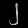
Digit: ၂